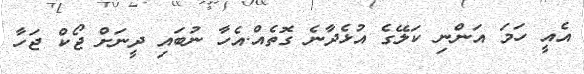
އެއީ ހަމަ އަންނި ކަލޭގެ އުޅެދާނެ ގޮތެއް.އެހާ ނުބައި ދީނަށް ޖޯކް ޖަހާ